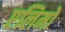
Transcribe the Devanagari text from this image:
एलिमो